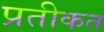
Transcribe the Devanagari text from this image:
प्रतीकत